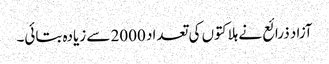
آزاد ذرائع نے ہلاکتوں کی تعداد 2000 سے زیادہ بتائی۔